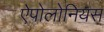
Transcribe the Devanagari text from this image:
ऐपोलोनियस